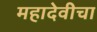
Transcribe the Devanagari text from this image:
महादेवीचा